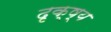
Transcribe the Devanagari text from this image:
दृक्ष्य